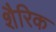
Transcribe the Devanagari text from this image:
शैरिक